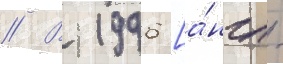
// В 1996 [а́нгл.